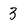
Character: 3